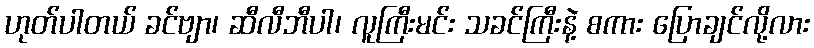
ဟုတ်ပါတယ် ခင်ဗျာ၊ ဆီလီဘီပါ၊ လူကြီးမင်း သခင်ကြီးနဲ့ စကား ပြောချင်လို့လား